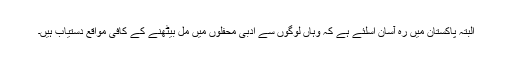
البتہ پاکستان میں رہ آسان اسلئے ہے کہ وہاں لوگوں سے ادبی محفلوں میں مِل بیٹھنے کے کافی مواقع دستیاب ہیں۔